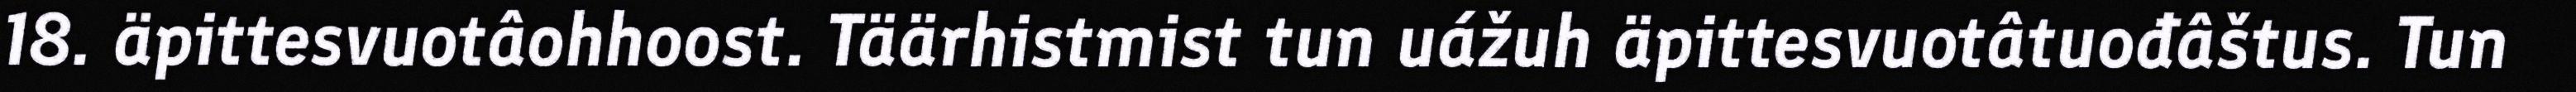
18. äpittesvuotâohhoost. Täärhistmist tun uážuh äpittesvuotâtuođâštus. Tun